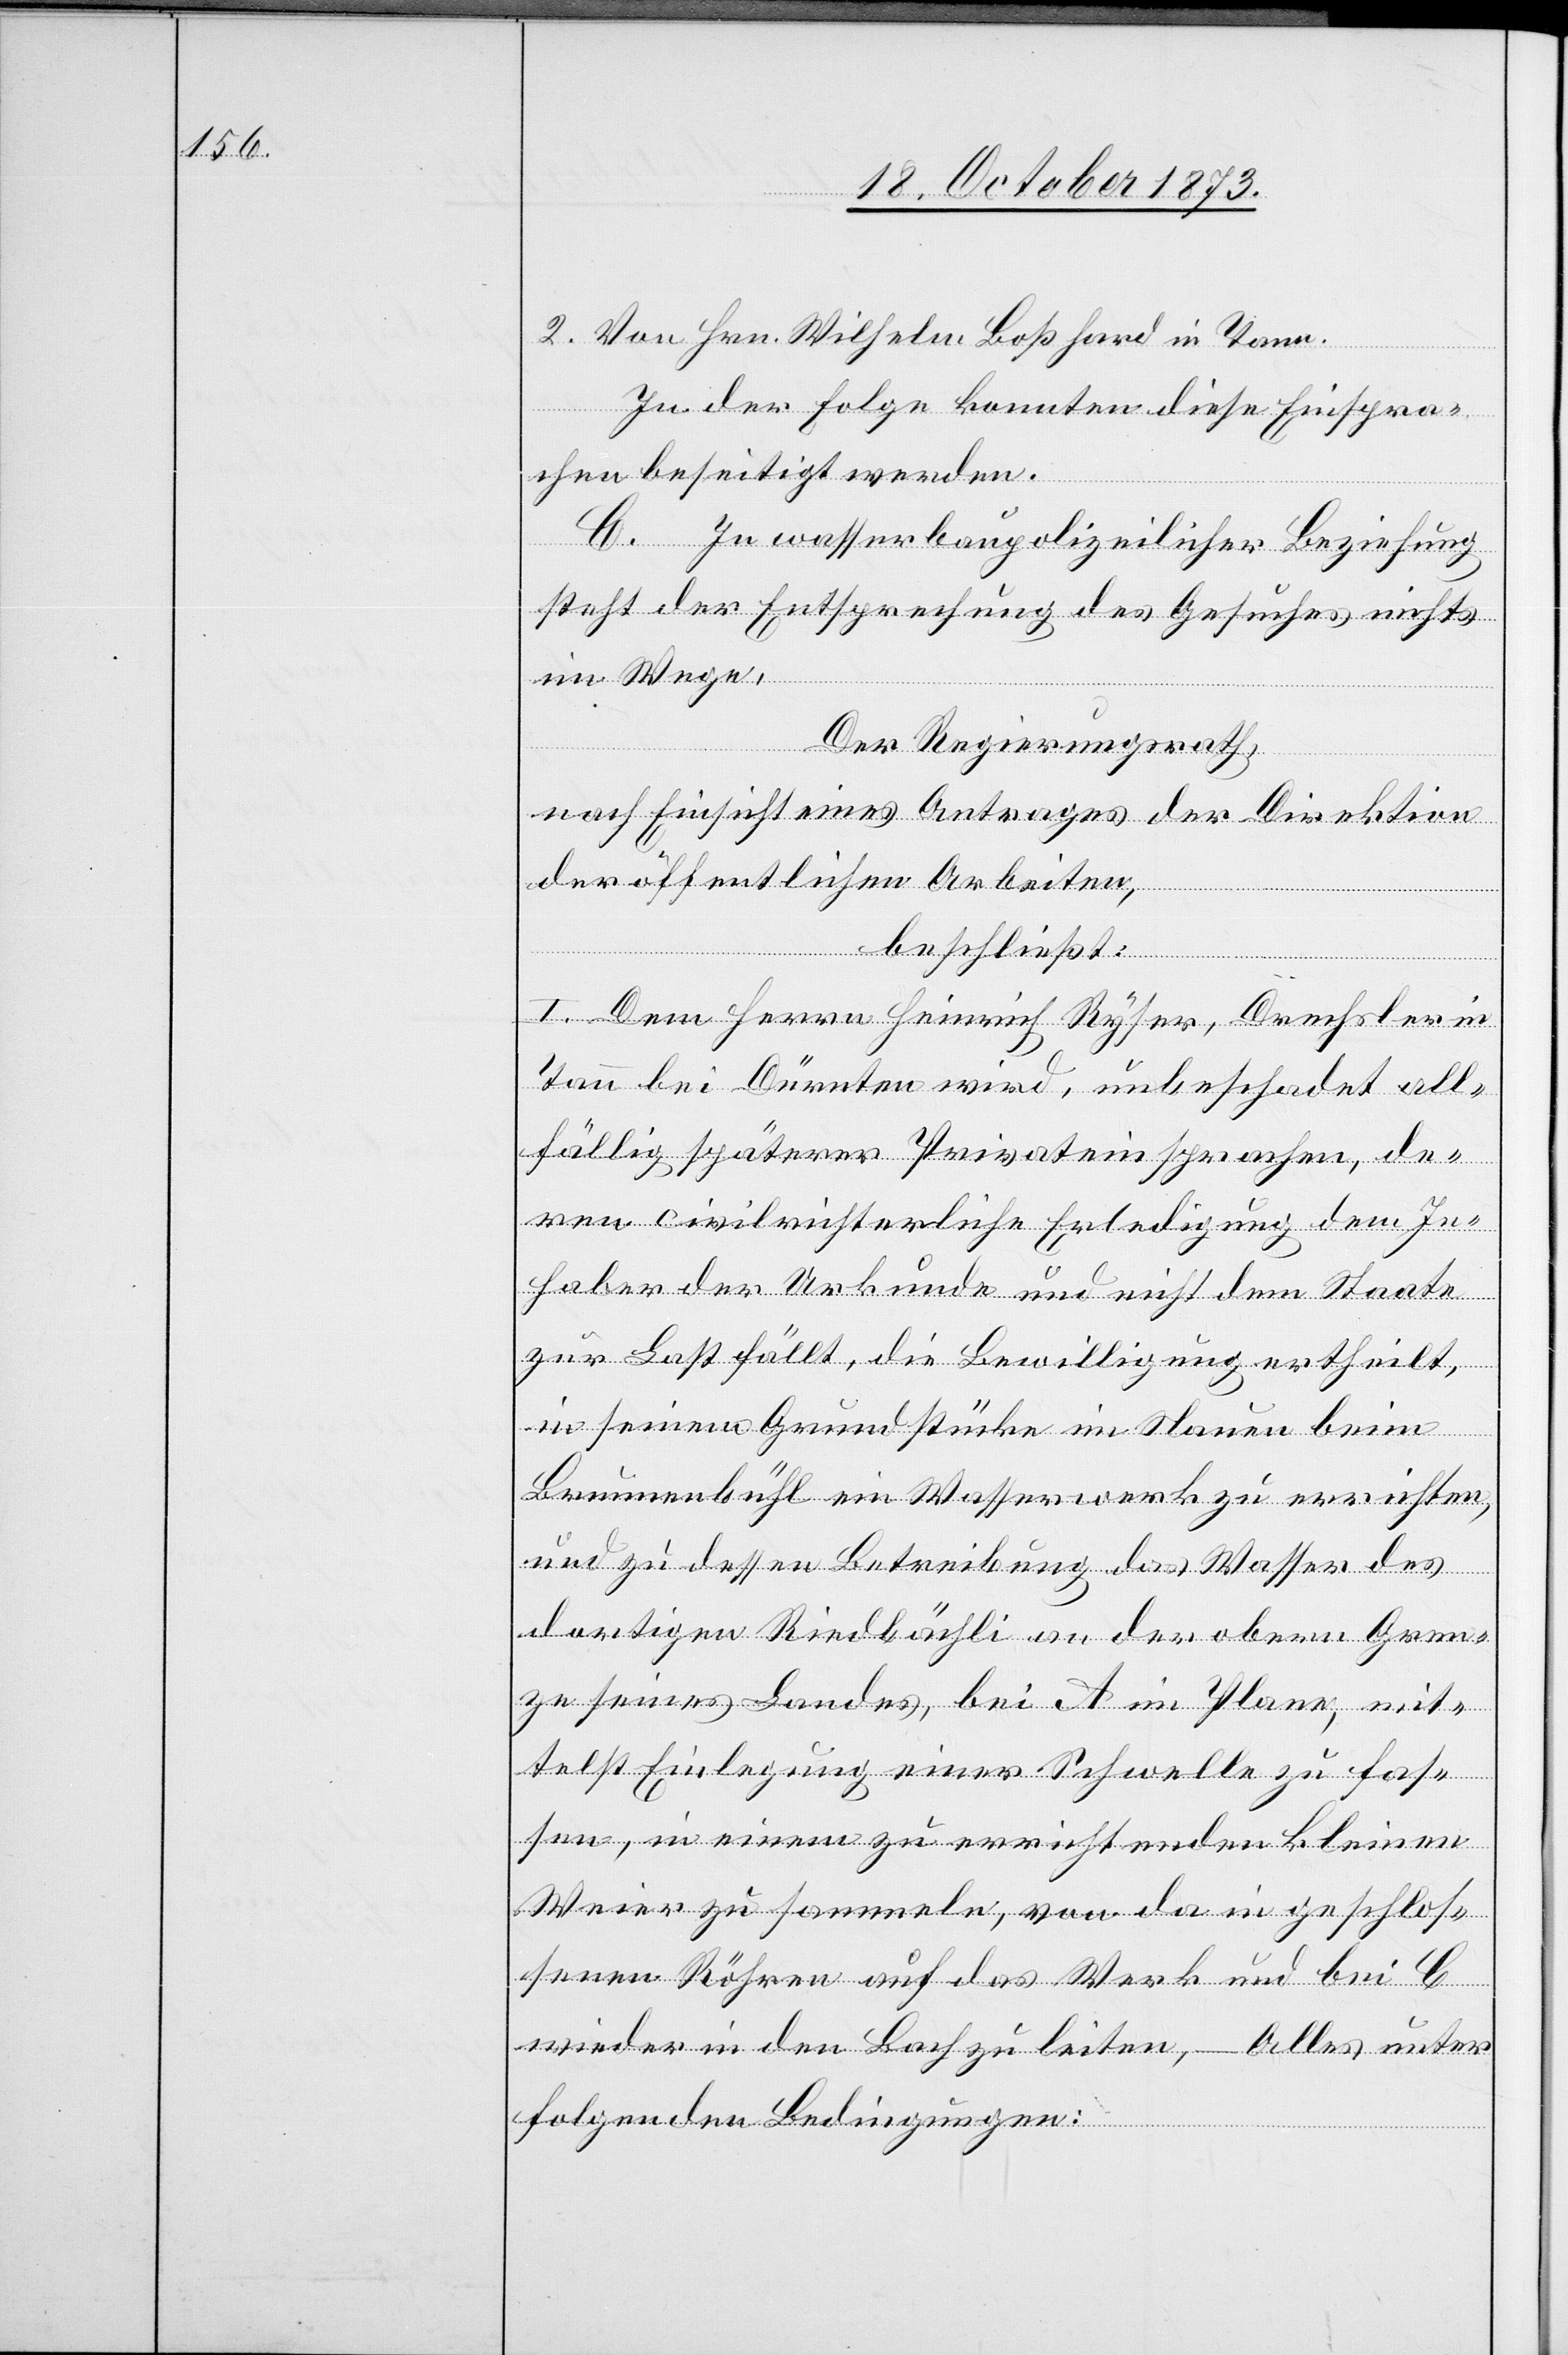
2. Von Hrn. Wilhelm Boßhard in Tann.
In der Folge konnten diese Einspra¬
chen beseitigt werden.
C. In wasserbaupolizeilicher Beziehung
steht der Entsprechung des Gesuches nichts
im Wege.
Der Regierungsrath,
nach Einsicht eines Antrages der Direktion
der öffentlichen Arbeiten,
beschließt:
I. Dem Herrn Heinrich Ryser, Drechsler in
Tann bei Dürnten wird, unbeschadet all¬
fällig späterer Privateinsprachen, de¬
ren civilrichterliche Erledigung dem In¬
haber der Urkunde und nicht dem Staate
zur Last fällt, die Bewilligung ertheilt,
in seinem Grundstücke im Nauen beim
Brunnenbühl ein Wasserwerk zu errichten,
und zu dessen Betreibung das Wasser des
dortigen Riedbächli an der obern Gren¬
ze seines Landes, bei A im Plane, mit¬
telst Einlegung einer Schwelle zu fas¬
sen, in einem zu errichtenden kleinen
Weier zu sammeln, von da in geschlos¬
senen Röhren auf das Werk und bei C
wieder in den Bach zu leiten, – Alles unter
folgenden Bedingungen: